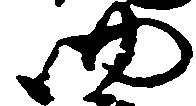
四